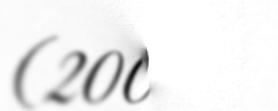
(2007)